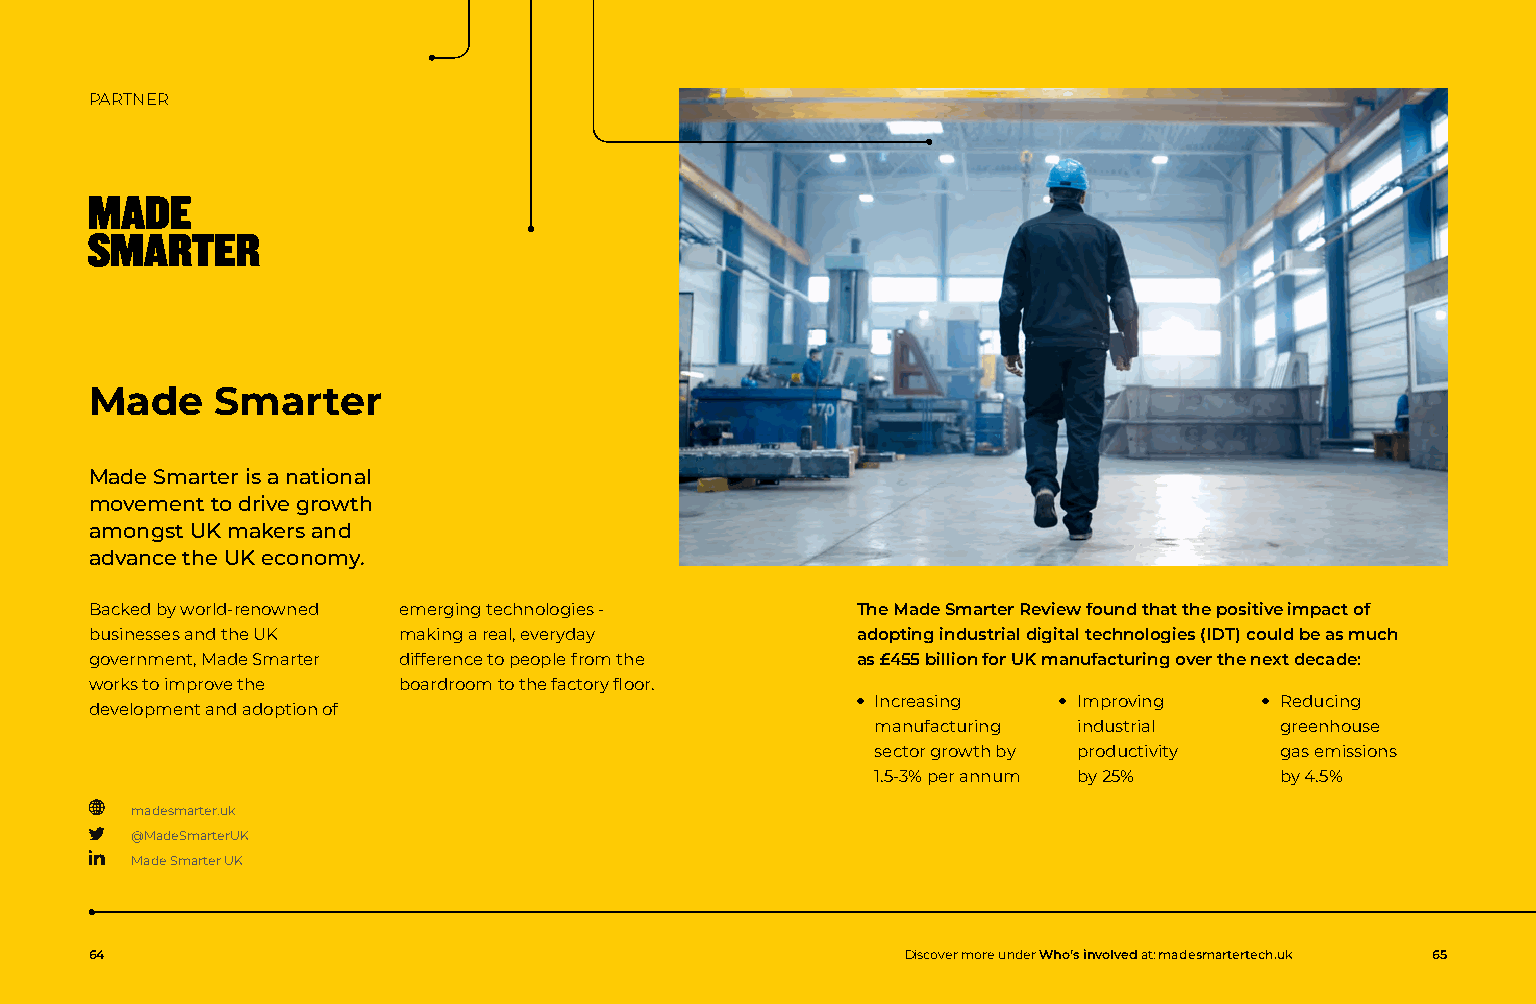
PARTNER
 Made    Smarter
 Made Smarter is a national
 movement to drive growth
 amongst UK makers and
 advance the UK economy.
 Backed by world-renowned emerging technologies -   The Made Smarter Review found that the positive impact of
 businesses and the UK making a real, everyday      adopting industrial digital technologies (IDT) could be as much
 government, Made Smarter difference to people from the as £455 billion for UK manufacturing over the next decade:
 works to improve the boardroom to the factory floor.
 development and adoption of
 ● I ncreasing ● I mproving ● R educing
 manufacturing industrial   greenhouse
 sector growth by productivity gas emissions
 1.5-3% per annum by 25%    by 4.5%
 madesmarter.uk
 @MadeSmarterUK
 Made Smarter UK
 64                                                    Discover more under Who’s involved at: madesmartertech.uk 65